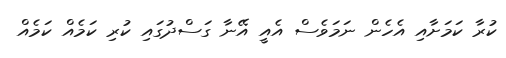
ކުރާ ކަމަށާއި އެހެން ނަމަވެސް އެއީ އޭނާ ގަސްދުގައި ކުރި ކަމެއް ކަމެއް